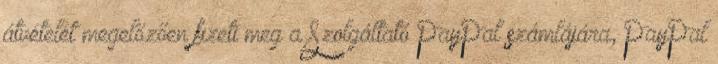
átvételét megelőzően fizeti meg a Szolgáltató PayPal számlájára, PayPal